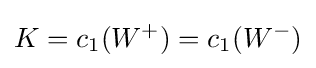
K=c_{1}(W^{+})=c_{1}(W^{-})